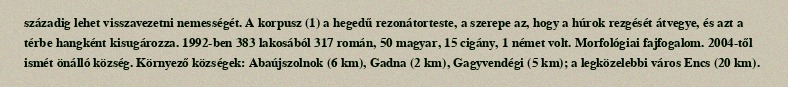
századig lehet visszavezetni nemességét. A korpusz (1) a hegedű rezonátorteste, a szerepe az, hogy a húrok rezgését átvegye, és azt a térbe hangként kisugározza. 1992-ben 383 lakosából 317 román, 50 magyar, 15 cigány, 1 német volt. Morfológiai fajfogalom. 2004-től ismét önálló község. Környező községek: Abaújszolnok (6 km), Gadna (2 km), Gagyvendégi (5 km); a legközelebbi város Encs (20 km).